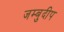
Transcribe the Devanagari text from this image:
जम्बुदीप